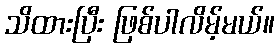
သိထားပြီး ဖြစ်ပါလိမ့်မယ်။